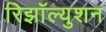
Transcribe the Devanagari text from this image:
रिझॉल्युशन